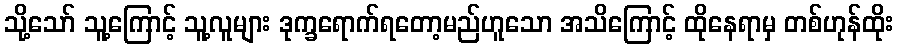
သို့သော် သူ့ကြောင့် သူ့လူများ ဒုက္ခရောက်ရတော့မည်ဟူသော အသိကြောင့် ထိုနေရာမှ တစ်ဟုန်ထိုး